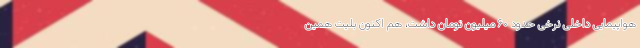
هواپیمایی داخلی نرخی حدود ۶۰ میلیون تومان داشت، هم اکنون بلیت همین